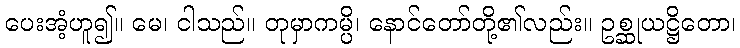
ပေးအံ့ဟူ၍။ မေ၊ ငါသည်။ တုမှာကမ္ပိ၊ နောင်တော်တို့၏လည်း။ ဥစ္ဆုယဋ္ဌိတော၊